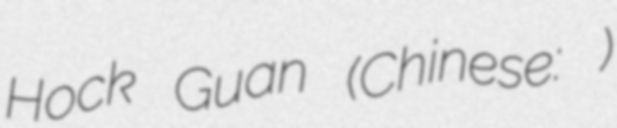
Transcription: Hock Guan (Chinese: 吴富源)